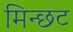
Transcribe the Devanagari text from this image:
मिन्छट